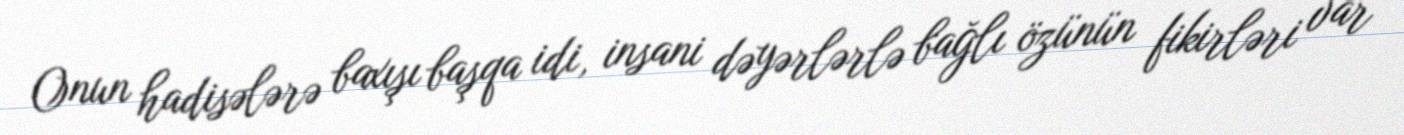
Onun hadisələrə baxışı başqa idi, insani dəyərlərlə bağlı özünün fikirləri var